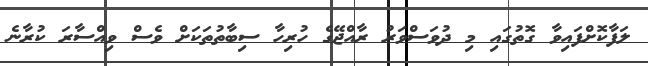
ލަފާކޮށްފައިވާ ގޮތުގައި މި ދުވަސްވަރު ރާއްޖޭގެ ހުރިހާ ސިބާތުތަކަށް ވެސް ވިއްސާރަ ކުރާނެ